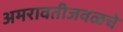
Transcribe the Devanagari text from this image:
अमरावतीजवळचे